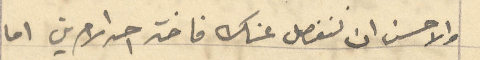
والاحسن ان لنفصل عنك فاخذ احد الامرين اما